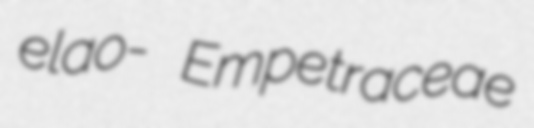
elao- Empetraceae